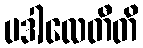
ပဒါလေတီတိ